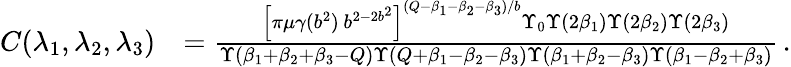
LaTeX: \begin{array}{rl}{C(\lambda_{1},\lambda_{2},\lambda_{3})}&{={\frac{\left[\pi\mu\gamma(b^{2})\, b^{2-2b^{2}}\right]^{(Q-\beta_{1}-\beta_{2}-\beta_{3})/b}\Upsilon_{0}\Upsilon(2\beta_{1})\Upsilon(2\beta_{2})\Upsilon(2\beta_{3})}{\Upsilon(\beta_{1}+\beta_{2}+\beta_{3}-Q)\Upsilon(Q+\beta_{1}-\beta_{2}-\beta_{3})\Upsilon(\beta_{1}+\beta_{2}-\beta_{3})\Upsilon(\beta_{1}-\beta_{2}+\beta_{3})}}\, .}\end{array}